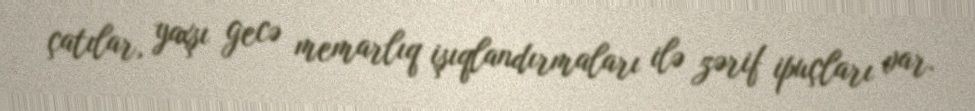
çatılar, yaxşı gecə memarlıq işıqlandırmaları ilə zərif ipuçları var.